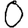
Digit: 0